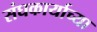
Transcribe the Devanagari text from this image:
संघकार्याच्या